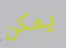
يمكن